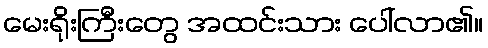
မေးရိုးကြီးတွေ အထင်းသား ပေါ်လာ၏။